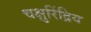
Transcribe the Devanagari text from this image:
चक्षुरिंद्रिय